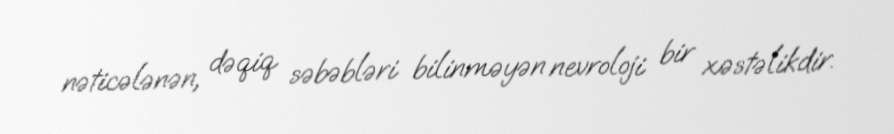
nəticələnən, dəqiq səbəbləri bilinməyən nevroloji bir xəstəlikdir.